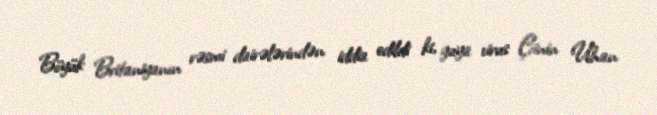
Böyük Britaniyanın rəsmi dairələrindən iddia edildi ki, guya virus Çinin Uhan